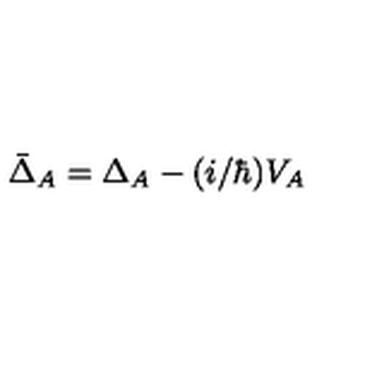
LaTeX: \bar { \Delta } _ { A } = \Delta _ { A } - ( i / \hbar ) V _ { A }